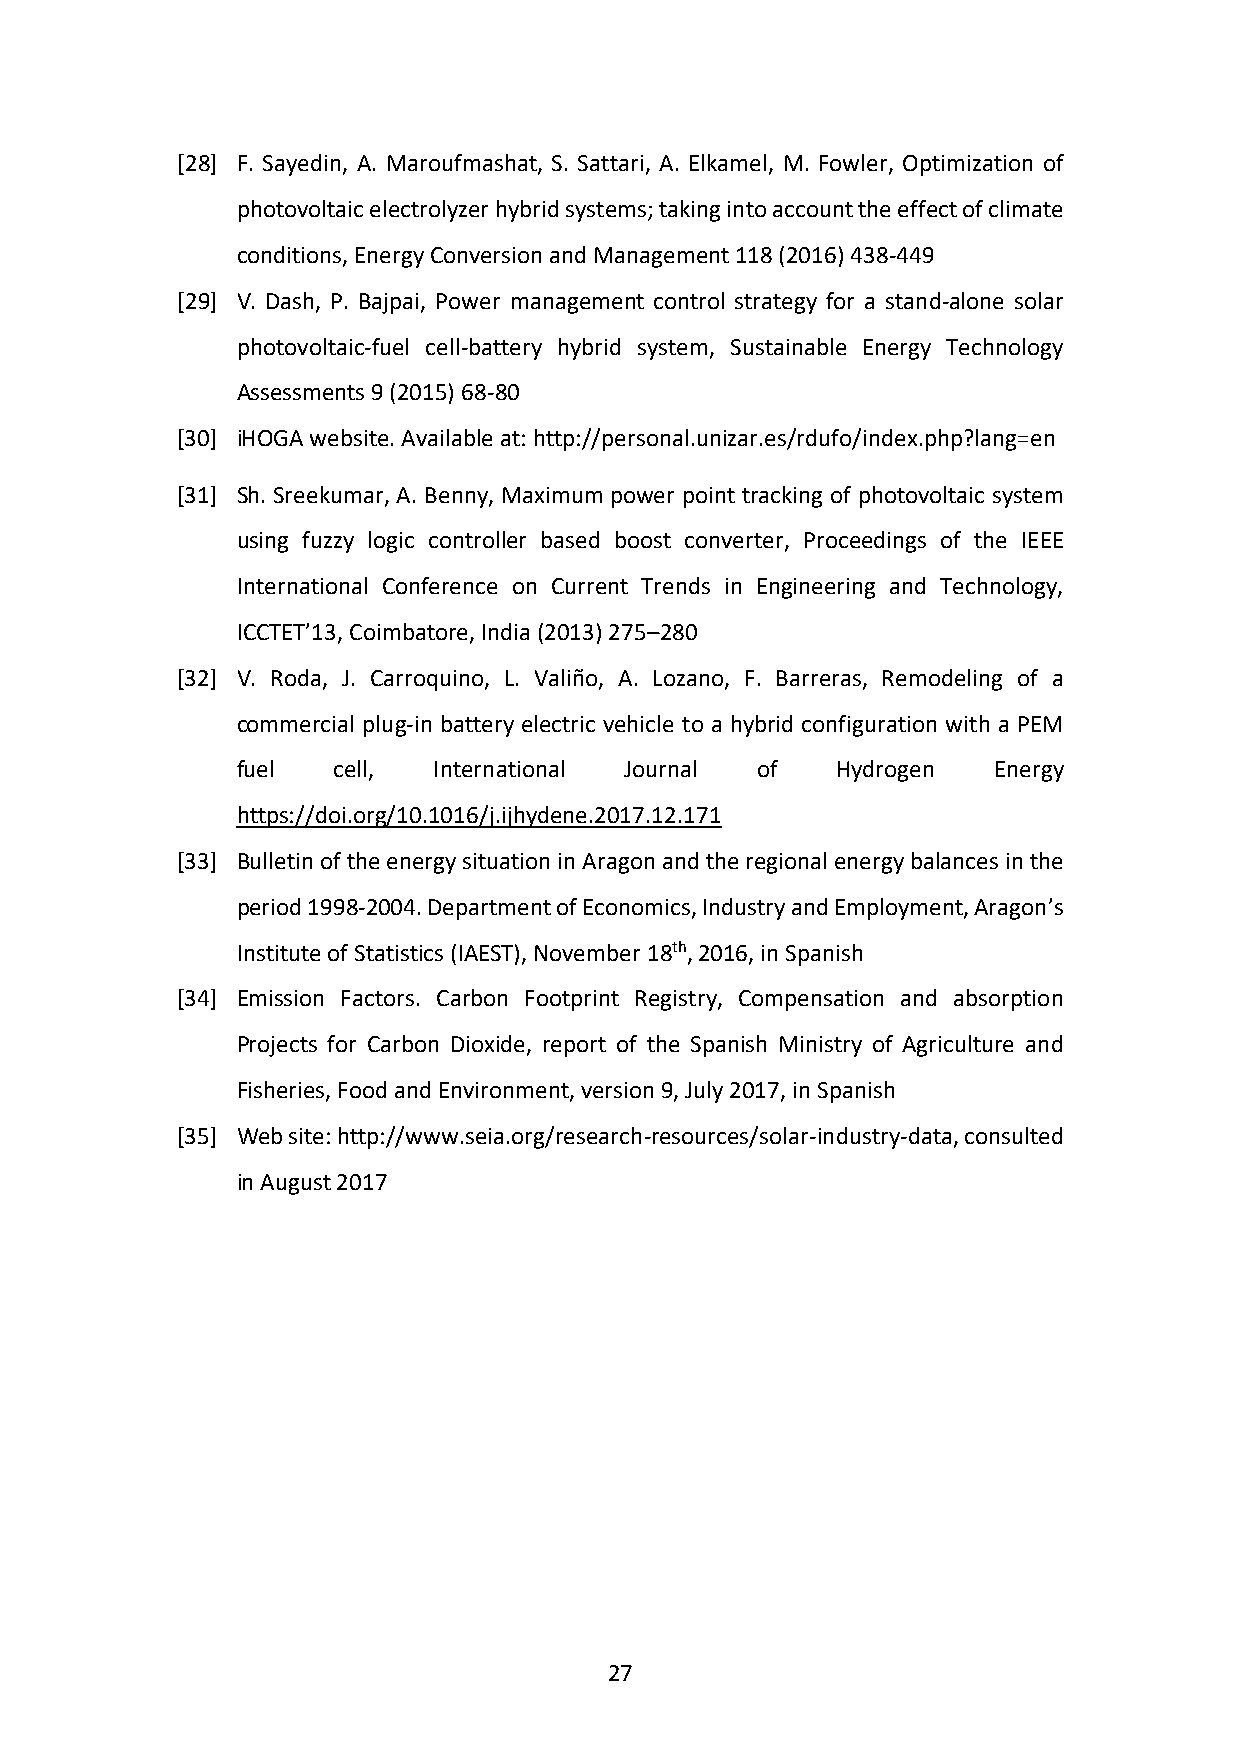
[28] F. Sayedin, A. Maroufmashat, S. Sattari, A. Elkamel, M. Fowler, Optimization of
 photovoltaic electrolyzer hybrid systems; taking into account the effect of climate
 conditions, Energy Conversion and Management 118 (2016) 438-449
 [29] V. Dash, P. Bajpai, Power management control strategy for a stand-alone solar
 photovoltaic-fuel cell-battery hybrid system, Sustainable Energy Technology
 Assessments 9 (2015) 68-80
 [30] iHOGA website. Available at: http://personal.unizar.es/rdufo/index.php?lang=en
 [31] Sh. Sreekumar, A. Benny, Maximum power point tracking of photovoltaic system
 using fuzzy logic controller based boost converter, Proceedings of the IEEE
 International Conference on Current Trends in Engineering and Technology,
 ICCTET’13, Coimbatore, India (2013) 275–280
 [32] V. Roda, J. Carroquino, L. Valiño, A. Lozano, F. Barreras, Remodeling of a
 commercial plug-in battery electric vehicle to a hybrid configuration with a PEM
 fuel  cell,  International Journal of  Hydrogen   Energy
 https://doi.org/10.1016/j.ijhydene.2017.12.171
 [33] Bulletin of the energy situation in Aragon and the regional energy balances in the
 period 1998-2004. Department of Economics, Industry and Employment, Aragon’s
 Institute of Statistics (IAEST), November 18th, 2016, in Spanish
 [34] Emission Factors. Carbon Footprint Registry, Compensation and absorption
 Projects for Carbon Dioxide, report of the Spanish Ministry of Agriculture and
 Fisheries, Food and Environment, version 9, July 2017, in Spanish
 [35] Web site: http://www.seia.org/research-resources/solar-industry-data, consulted
 in August 2017
 27